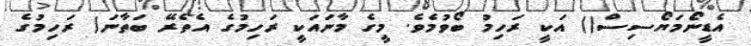
އެޑީނޯމަޔޯސިސް() އަކީ ރަހިމު ބޯވުމެވެ. މީގެ މާނައަކީ ރަހިމުގެ އެތެރޭ ބަތާނަ( ރަހިމުގެ